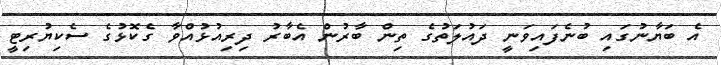
އެ ބަޔާނުގައި ބުނެފައިވަނީ ދައުލަތުގެ ތިން ބާރުން އެބާރު ދިރިއުޅުއްވާ ގެކޮޅުގެ ސެކިޔުރިޓީ